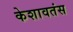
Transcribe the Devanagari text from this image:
केशावतंस